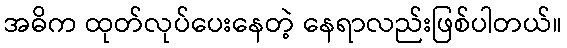
အဓိက ထုတ်လုပ်ပေးနေတဲ့ နေရာလည်းဖြစ်ပါတယ်။